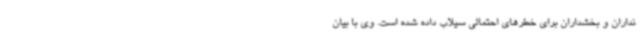
نداران و بخشداران برای خطرهای احتمالی سیلاب داده شده است. وی با بیان